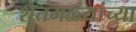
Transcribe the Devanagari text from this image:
शेतमळ्यांच्या